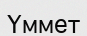
Үммет